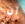
ان